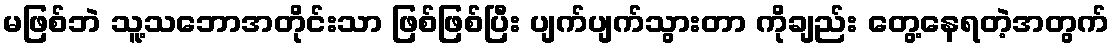
မဖြစ်ဘဲ သူ့သဘောအတိုင်းသာ ဖြစ်ဖြစ်ပြီး ပျက်ပျက်သွားတာ ကိုချည်း တွေ့နေရတဲ့အတွက်